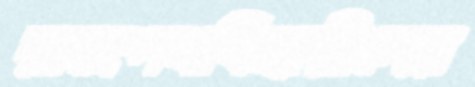
রাজপথবিহারীদের